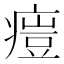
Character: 𤸳